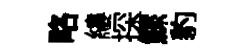
略縷探鰥豹